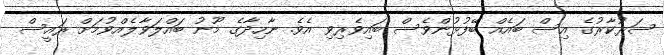
ސަރުކާރުގެ އިސް ބައެއް ބޭފުޅުންވެސް ބައިވެރިވި އެވެ. ނާހިދާގެ މޫނު ބައްލަވާލެއްވުމަށް ރައީސް